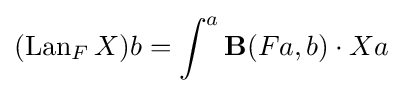
(\operatorname {Lan} _{F}X)b=\int ^{a}\mathbf {B} (Fa,b)\cdot Xa